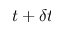
t + \delta t